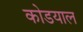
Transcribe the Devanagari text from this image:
कोडयाल